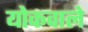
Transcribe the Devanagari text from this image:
योकवाले